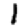
Digit: 1